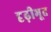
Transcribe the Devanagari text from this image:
दृढ़ीभूत